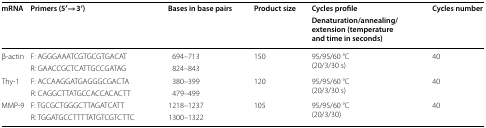
<table><thead><tr><td rowspan="2"><b>mRNA</b></td><td rowspan="2"><b>Primers (5′→3′)</b></td><td rowspan="2"><b>Bases in base pairs</b></td><td rowspan="2"><b>Product size</b></td><td><b>Cycles profile</b></td><td rowspan="2"><b>Cycles number</b></td></tr><tr><td><b>Denaturation/annealing/extension (temperature and time in seconds)</b></td></tr></thead><tbody><tr><td rowspan="2">β-actin</td><td>F: AGGGAAATCGTGCGTGACAT</td><td>694–713</td><td rowspan="2">150</td><td rowspan="2">95/95/60 °C(20/3/30 s)</td><td rowspan="2">40</td></tr><tr><td>R: GAACCGCTCATTGCCGATAG</td><td>824–843</td></tr><tr><td rowspan="2">Thy-1</td><td>F: ACCAAGGATGAGGGCGACTA</td><td>380–399</td><td rowspan="2">120</td><td rowspan="2">95/95/60 °C(20/3/30 s)</td><td rowspan="2">40</td></tr><tr><td>R: CAGGCTTATGCCACCACACTT</td><td>479–499</td></tr><tr><td rowspan="2">MMP-9</td><td>F: TGCGCTGGGCTTAGATCATT</td><td>1218–1237</td><td rowspan="2">105</td><td rowspan="2">95/95/60 °C(20/3/30)</td><td rowspan="2">40</td></tr><tr><td>R: TGGATGCCTTTTATGTCGTCTTC</td><td>1300–1322</td></tr></tbody></table>